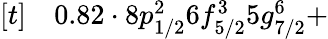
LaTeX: \begin{array}{rl}{[t]}&{{}0.82\cdot 8p_{1/2}^{2}6f_{5/2}^{3}5g_{7/2}^{6}+}\end{array}